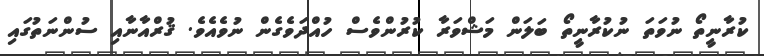
ކުރާނީތޯ ނުވަތަ ނުކުރާނީތޯ ބަލަން މަޝްވަރާ ކުރުންވެސް ހުއްދަވެގެން ނުވެއެވެ. ޤުރްއާނާއި ސުންނަތުގައި